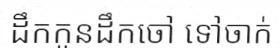
ដឹកកូនដឹកចៅ ទៅចាក់